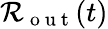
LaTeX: \mathcal{R}_{\mathrm{{~o~u~t~}}}(t)